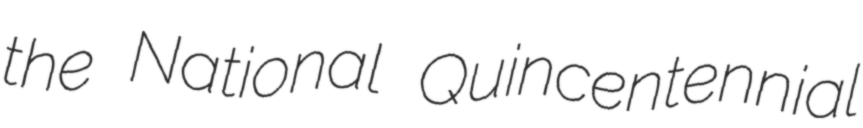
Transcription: the National Quincentennial